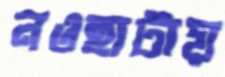
নওহাটায়